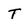
Character: T